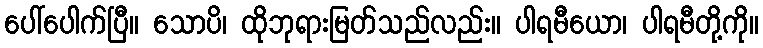
ပေါ်ပေါက်ပြီ။ သောပိ၊ ထိုဘုရားမြတ်သည်လည်း။ ပါရမီယော၊ ပါရမီတို့ကို။